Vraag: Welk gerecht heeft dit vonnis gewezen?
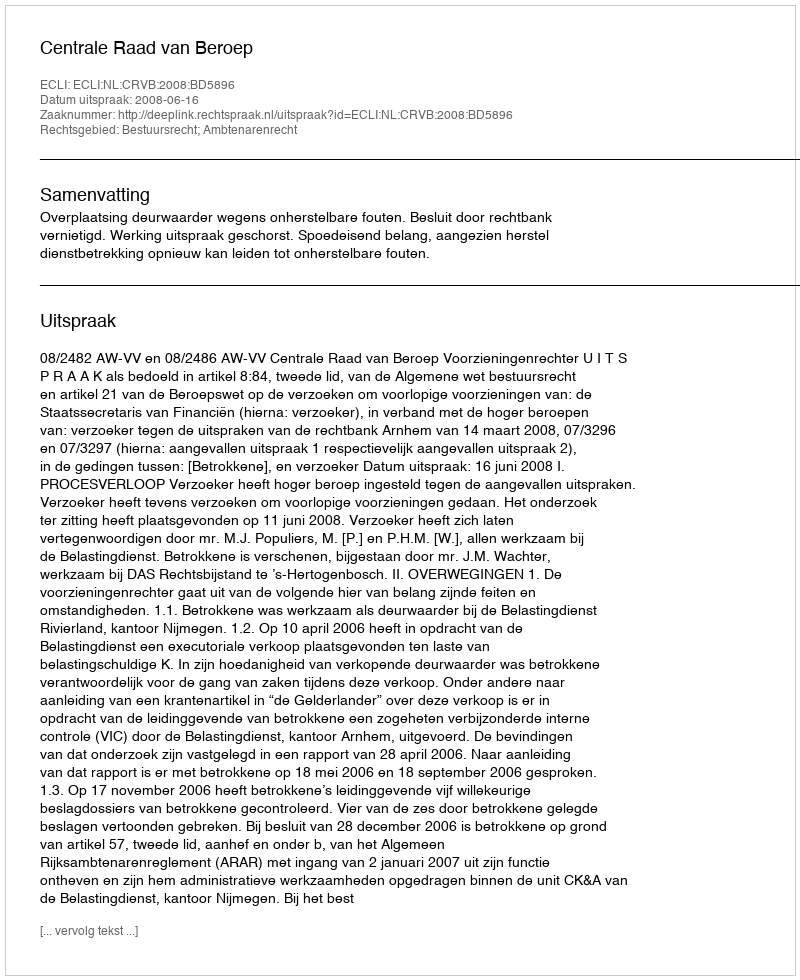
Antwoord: Centrale Raad van Beroep